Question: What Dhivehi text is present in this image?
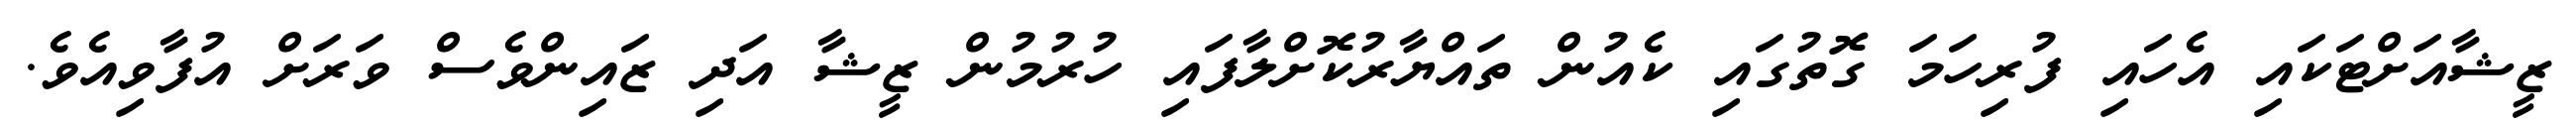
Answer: ޒީޝާއަށްޓަކައި އެހައި ފުރިހަމަ ގޮތުގައި ކެއުން ތައްޔާރުކޮށްލާފައި ހުރުމުން ޒީޝާ އަދި ޒައިންވެސް ވަރަށް އުފާވިއެވެ.